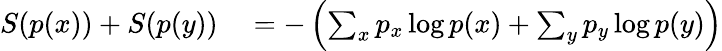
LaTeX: \begin{array}{rl}{S(p(x))+S(p(y))}&{{}=-\left(\sum_{x}p_{x}\log p(x)+\sum_{y}p_{y}\log p(y)\right)}\end{array}